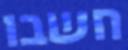
חשבו